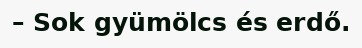
– Sok gyümölcs és erdő.